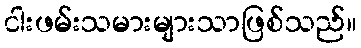
ငါးဖမ်းသမားများသာဖြစ်သည်။